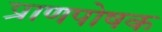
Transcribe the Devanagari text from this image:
प्राणपोषक